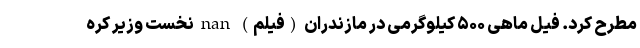
مطرح کرد. فیل ماهی ۵۰۰ کیلوگرمی در مازندران (فیلم) nan نخست وزیر کره